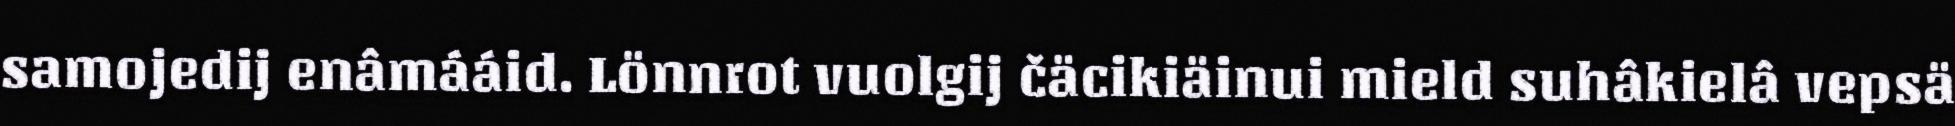
samojedij enâmááid. Lönnrot vuolgij čäcikiäinui mield suhâkielâ vepsä